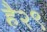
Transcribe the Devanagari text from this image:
है२९